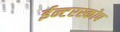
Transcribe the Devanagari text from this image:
ईन्टरस्कोप